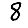
Digit: 8